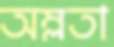
অম্লতা